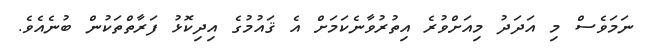
ނަމަވެސް މި އަދަދު މިއަށްވުރެ އިތުރުވާނެކަމަށް އެ ޤައުމުގެ އިދިކޮޅު ފަރާތްތަކުން ބުނެއެވެ.